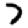
Digit: 7